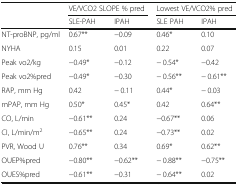
<table><thead><tr><td rowspan="2"></td><td colspan="2"><b>VE/VCO2 SLOPE % pred</b></td><td colspan="2"><b>Lowest VE/VCO2% pred</b></td></tr><tr><td><b>SLE-PAH</b></td><td><b>IPAH</b></td><td><b>SLE PAH</b></td><td><b>IPAH</b></td></tr></thead><tbody><tr><td>NT-proBNP, pg/ml</td><td>0.67**</td><td>−0.09</td><td>0.46*</td><td>0.10</td></tr><tr><td>NYHA</td><td>0.15</td><td>0.01</td><td>0.22</td><td>0.07</td></tr><tr><td>Peak vo2/kg</td><td>−0.49*</td><td>−0.12</td><td>− 0.54*</td><td>−0.42</td></tr><tr><td>Peak vo2%pred</td><td>−0.49*</td><td>−0.30</td><td>− 0.56**</td><td>− 0.61**</td></tr><tr><td>RAP, mm Hg</td><td>0.42</td><td>− 0.11</td><td>0.44*</td><td>− 0.03</td></tr><tr><td>mPAP, mm Hg</td><td>0.50*</td><td>0.45*</td><td>0.42</td><td>0.64**</td></tr><tr><td>CO, L/min</td><td>−0.61**</td><td>0.24</td><td>−0.67**</td><td>0.06</td></tr><tr><td>CI, L/min/m<sup>2</sup></td><td>−0.65**</td><td>0.24</td><td>−0.73**</td><td>0.02</td></tr><tr><td>PVR, Wood U</td><td>0.76**</td><td>0.34</td><td>0.69*</td><td>0.62**</td></tr><tr><td>OUEP%pred</td><td>−0.80**</td><td>−0.62**</td><td>− 0.88**</td><td>−0.75**</td></tr><tr><td>OUES%pred</td><td>−0.61**</td><td>−0.31</td><td>− 0.64**</td><td>0.02</td></tr></tbody></table>